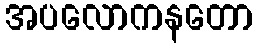
အပလောကနတော